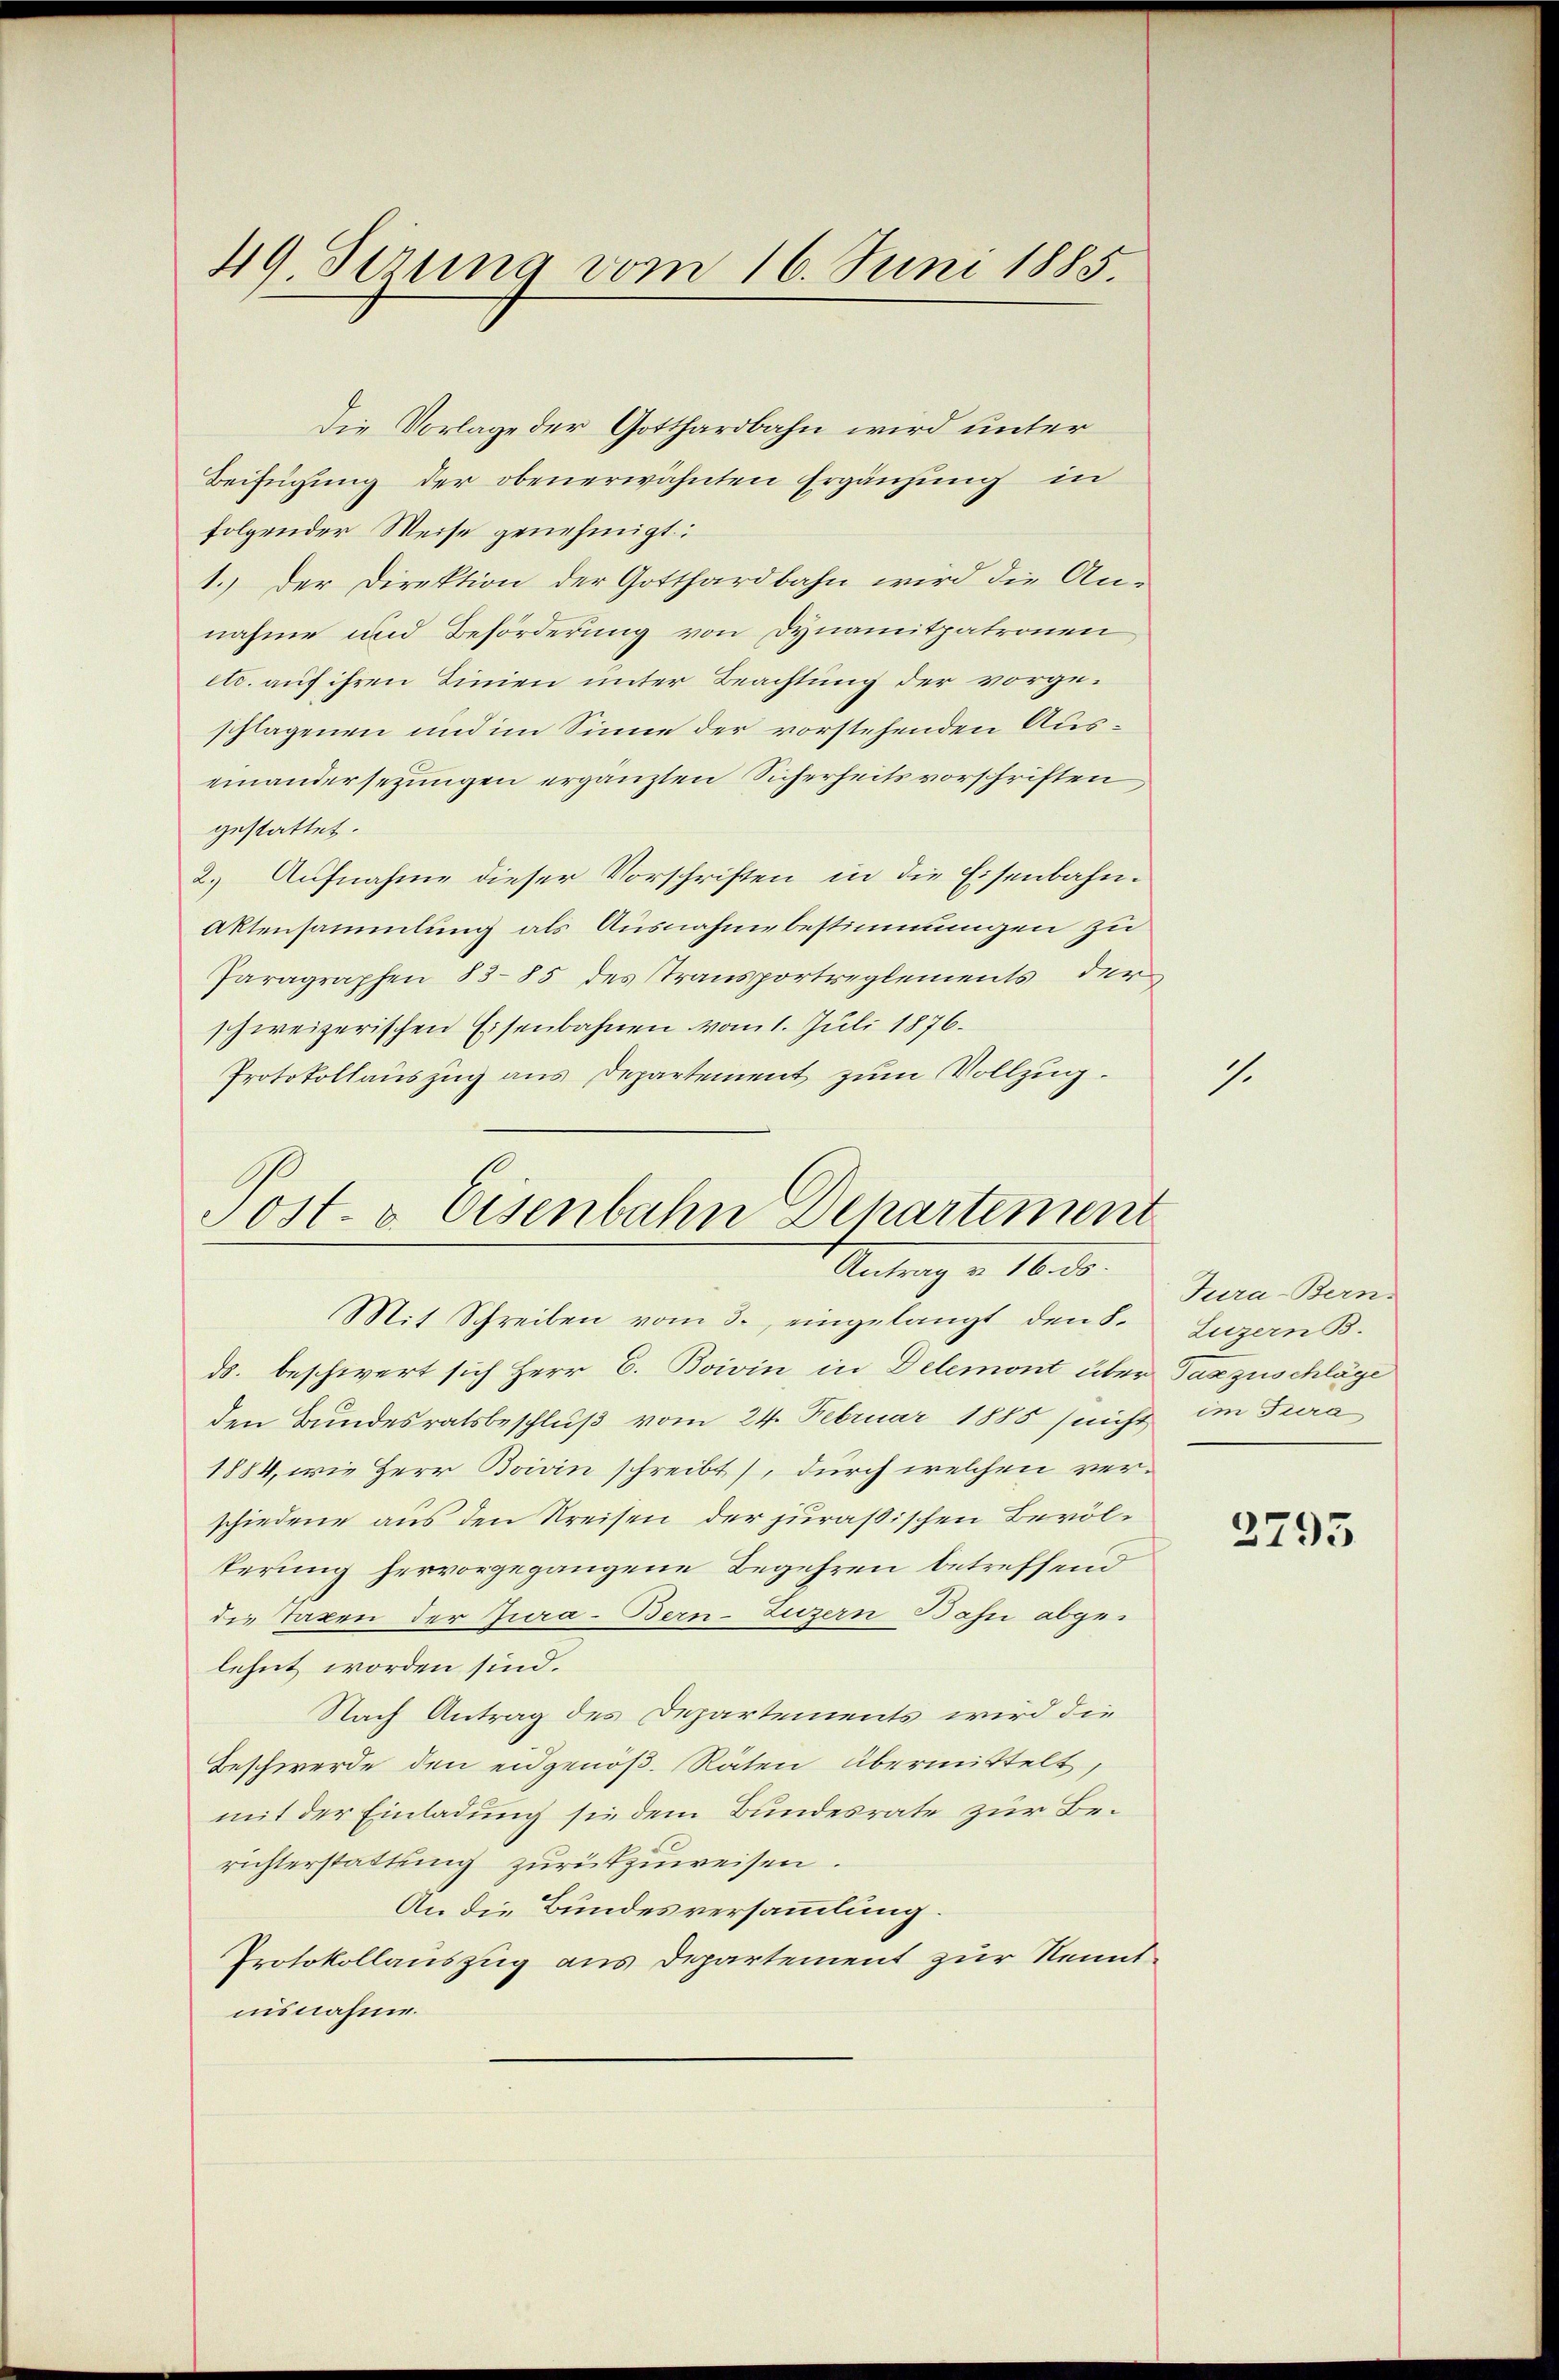
49. Jena vom 16. Juni 1885.

Die Vorlage der Gotthardbahn wird unter
Beifügung der obenerwähnten Ergänzung in
folgender Weise genehmigt:
1.) Der Direktion der Gotthardbahn wird die An-
nahme und Beförderung von Dynamitpatronen
etc. auf ihren Linien unter Beachtung der vorgeschlagenen und im Sinne der vorstehenden Auseinandersetzungen ergänzten Sicherheitsvorschriften
gestattet.
2.) Aufnahme dieser Vorschriften in die Eisenbahn¬
Aktensammlung als Ausnahmebestimmungen zu
Paragraphen 8385 des Transportreglements der
schweizerischen Eisenbahnen vom 1. Juli 1876.
Protokollauszug aus Departement zum Vollzug.

Post- & Eisenbahn Departement
Antrag u. 16. ds.
Mit Schreiben vom 3. eingelangt den S.

ds. beschwert sich Herr C. Boivin in Delemont über Tanzuschläge
den Bundesratsbeschluß vom 24. Februar 1888 sunst im Tura
1884, wie Herr Boivin schreibt), durch welchen verschiedene aus den Kreisen der juraßischen Bevölterung hervorgegangene Begehren betreffend
die Taxen der Jura-Bern-Luzern Bahn abgelehnt worden sind.
Nach Antrag des Departements wird die
Beschwerde den eidgenöß. Räten übermittelt,
mit der Einladung sie dem Bundesrate zur Berichterstattung zurückzuweisen.
An die Bundesversammlung.
Protokollauszug aus Departement zur Kenntnisnahme.

Tura-Bern.
Luzern B.

7.

2795